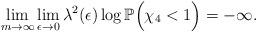
LaTeX: \begin{align*}\lim_{m\to\infty}\lim_{\epsilon\to0}\lambda^2(\epsilon)\log\mathbb P\Big(\chi_4<1\Big)=-\infty.\end{align*}